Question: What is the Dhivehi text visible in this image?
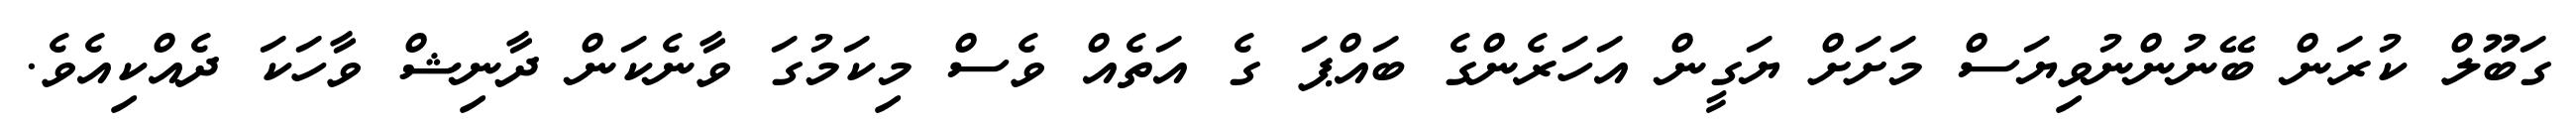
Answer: ގަބޫލް ކުރަން ބޭނުންނުވިޔަސް މަށަށް ޔަގީން އަހަރެންގެ ބައްޕަ ގެ އަތެއް ވެސް މިކަމުގަ ވާނެކަން ދާނިޝް ވާހަކަ ދެއްކިއެވެ.